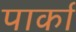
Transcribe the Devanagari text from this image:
पार्का